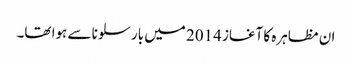
ان مظاہرہ کا آغاز 2014 میں بارسلونا سے ہوا تھا۔